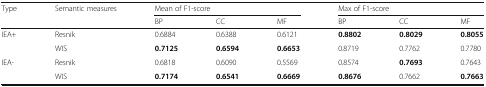
<table><thead><tr><td><b>Type</b></td><td><b>Semantic measures</b></td><td colspan="3"><b>Mean of F1-score</b></td><td colspan="3"><b>Max of F1-score</b></td></tr><tr><td colspan="2"></td><td><b>BP</b></td><td><b>CC</b></td><td><b>MF</b></td><td><b>BP</b></td><td><b>CC</b></td><td><b>MF</b></td></tr></thead><tbody><tr><td rowspan="2">IEA+</td><td>Resnik</td><td>0.6884</td><td>0.6388</td><td>0.6121</td><td><b>0.8802</b></td><td><b>0.8029</b></td><td><b>0.8055</b></td></tr><tr><td>WIS</td><td><b>0.7125</b></td><td><b>0.6594</b></td><td><b>0.6653</b></td><td>0.8719</td><td>0.7762</td><td>0.7780</td></tr><tr><td rowspan="2">IEA-</td><td>Resnik</td><td>0.6818</td><td>0.6090</td><td>0.5569</td><td>0.8574</td><td><b>0.7693</b></td><td>0.7643</td></tr><tr><td>WIS</td><td><b>0.7174</b></td><td><b>0.6541</b></td><td><b>0.6669</b></td><td><b>0.8676</b></td><td>0.7662</td><td><b>0.7663</b></td></tr></tbody></table>